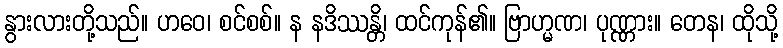
နွားလားတို့သည်။ ဟဝေ၊ စင်စစ်။ န နဒိဿန္တိ၊ ထင်ကုန်၏။ ဗြာဟ္မဏ၊ ပုဏ္ဏား။ တေန၊ ထိုသို့